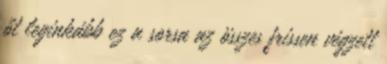
őt leginkább ez a sorsa az összes frissen végzett